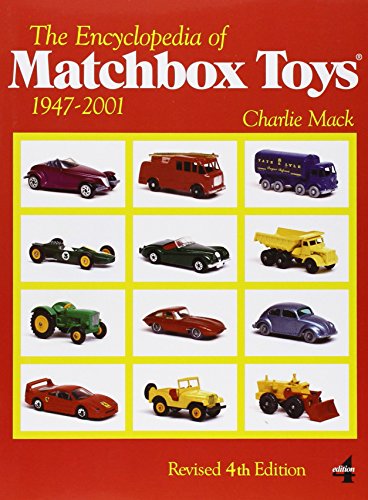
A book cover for The Encyclopedia of Matchbox Toys: 1947-2001; Charlie MacK; Crafts, Hobbies & Home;